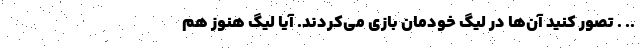
.. . تصور کنید آن‌ها در لیگ خودمان بازی می‌کردند. آیا لیگ هنوز هم